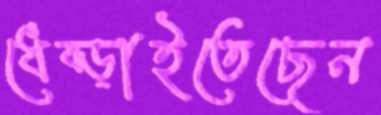
ধেব্‌ড়াইতেছেন